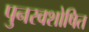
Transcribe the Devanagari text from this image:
पुनरवशोषित